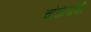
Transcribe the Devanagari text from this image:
चांडोलाची